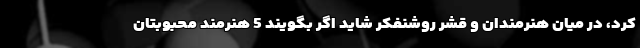
کرد، در میان هنرمندان و قشر روشنفکر شاید اگر بگویند 5 هنرمند محبوبتان